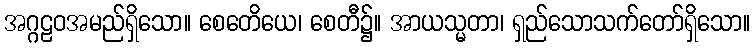
အဂ္ဂဠဝအမည်ရှိသော။ စေတေိယေ၊ စေတီ၌။ အာယသ္မတာ၊ ရှည်သောသက်တော်ရှိသော။